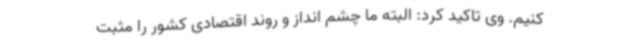
کنیم. وی تاکید کرد: البته ما چشم انداز و روند اقتصادی کشور را مثبت